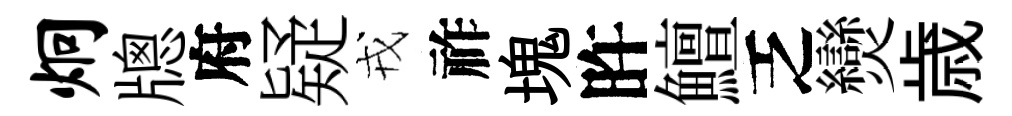
炯牕府疑戎祚塊旿鱣乏𤓖歳